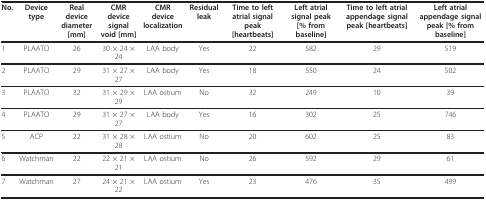
<table><thead><tr><td><b>No.</b></td><td><b>Device type</b></td><td><b>Real device diameter [mm]</b></td><td><b>CMR device signal void [mm]</b></td><td><b>CMR device localization</b></td><td><b>Residual leak</b></td><td><b>Time to left atrial signal peak [heartbeats]</b></td><td><b>Left atrial signal peak [% from baseline]</b></td><td><b>Time to left atrial appendage signal peak [heartbeats]</b></td><td><b>Left atrial appendage signal peak [% from baseline]</b></td></tr></thead><tbody><tr><td>1</td><td>PLAATO</td><td>26</td><td>30 × 24 × 24</td><td>LAA body</td><td>Yes</td><td>22</td><td>582</td><td>29</td><td>519</td></tr><tr><td>2</td><td>PLAATO</td><td>29</td><td>31 × 27 × 27</td><td>LAA body</td><td>Yes</td><td>18</td><td>550</td><td>24</td><td>502</td></tr><tr><td>3</td><td>PLAATO</td><td>32</td><td>31 × 29 × 29</td><td>LAA ostium</td><td>No</td><td>32</td><td>249</td><td>10</td><td>39</td></tr><tr><td>4</td><td>PLAATO</td><td>29</td><td>31 × 27 × 27</td><td>LAA body</td><td>Yes</td><td>16</td><td>302</td><td>25</td><td>746</td></tr><tr><td>5</td><td>ACP</td><td>22</td><td>31 × 28 × 28</td><td>LAA ostium</td><td>No</td><td>20</td><td>602</td><td>25</td><td>83</td></tr><tr><td>6</td><td>Watchman</td><td>22</td><td>22 × 21 × 21</td><td>LAA ostium</td><td>No</td><td>26</td><td>592</td><td>29</td><td>61</td></tr><tr><td>7</td><td>Watchman</td><td>27</td><td>24 × 21 × 22</td><td>LAA ostium</td><td>Yes</td><td>23</td><td>476</td><td>35</td><td>499</td></tr></tbody></table>